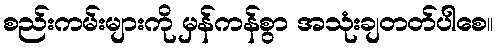
စည်းကမ်းများကို မှန်ကန်စွာ အသုံးချတတ်ပါစေ။